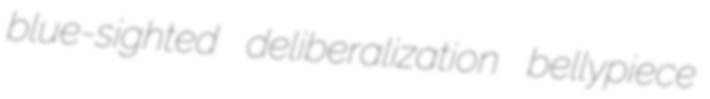
blue-sighted deliberalization bellypiece